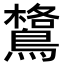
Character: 𪄎